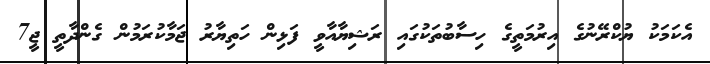
އެކަމަކު ޔުކްރޭނުގެ އިރުމަތީގެ ހިސާބުތަކުގައި ރަޝިޔާއާވީ ފަޅިން ހަތިޔާރު ޖަމާކުރަމުން ގެންދާތީ ޖީ7